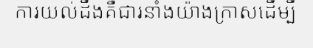
ការយល់ដឹងគឺជារនាំងយ៉ាងក្រាសដើម្បី